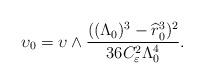
LaTeX: \begin{align*}&\upsilon_0=\upsilon\wedge\frac{((\Lambda_0)^3-\widehat{r}_0^3)^2}{36C_\varepsilon^2\Lambda_0^4}.\end{align*}